Vaccination in Bombay 1889-1901 - 1889-1901
Year: 1889
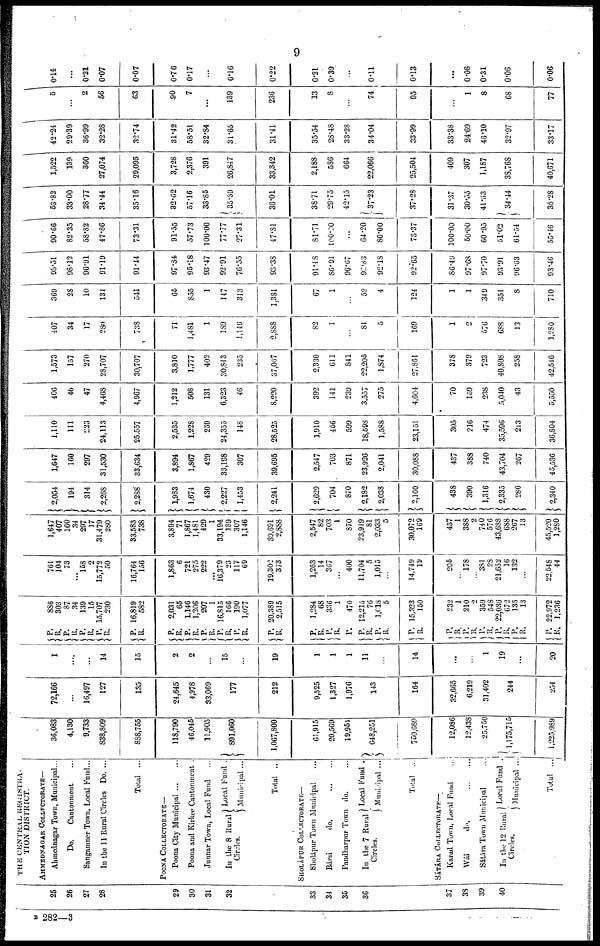
9
25
26
27
28
29
30
31
32
33
34
35
36
37
38
39
40
THE CENTRAL REGISTRA ¬
TION DISTRICT.
AHMEDNAGAR COLLECTORATE—
Ahmednagar Town, Municipal...
Do.
Cantonment ...
Sangamner Town, Local Fund...
In the 11 Rural Circles Do. ...
Total ...
POONA COLLECTORATE—
Poona City Municipal
...
...
Poona and Kirkee Cantonment .
Junnar Town, Local Fund ...
In the 8 Rural
Circles.
Local Fund .
Municipal ...
Total ...
SHOLÁPUR COLLECTORATE—
Sholápur Town Municipal ...
Bársi
do. ... ...
Pandharpur Town do.
In the 7 Rural
Circles.
Local Fund .
Municipal ...
Total ...
SÁTÁRA COLLECTORATE—
Karad Town, Local Fund ...
Wái
do.
...
...
Sátára Town Municipal ...
In the 12 Rural
Circles.
Local Fund .
Municipal ...
Total ...
36,083
4,130
9,733
838,809
888,755
118,790
46,045
11,905
891,060
1,067,800
61,915
20,569
19,954
648,251
750,689
12,086
12,438
25,750
1,175,715
1,225,989
72,166
...
16,497
127
135
24,645
4,978
33,069
177
212
9,525
1,327
1,976
143
164
32,665
6,219
31,402
244
254
1
....
...
14
15
2
2
...
15
19
1
1
1
11
14
...
1
19
...
20
P.
R.
P.
R.
P.
R. P.
R.
P.
R.
P.
R.
P.
R. P.
R.
P.
R.
P.
R.
P.
R.
P.
R.
P.
R.
P.
P.
R.
P.
R.
P.
R.
P.
R.
P.
R.
P. R.
P.
R.
P.
R.
P.
R.
886
303
87
34
139
15
15,707
230
16,819
582
2,031
65
1,146
1,206
207
1
16,815
166
190
1,077
20,389
2,515
1,284
68
336
1
470
12,215
76
1,018
5
15,323
150
232
1
210
2
359
548
22,036
672
135
13
22,972
1,236
761
104
73
... 158
2
15,772
50
16,764
156
1,863
6
721
275
222
...
16,379
23
117
69
19,302
373
1,263
14
367
...
400
11,704
5
1,015
...
14,749
19
205
...
178
...
381
28
21,652
16
132
...
22,548
44
1,647
407
160
34
297
17
31,479
280
33,583
738
3,894
71
1,867
1,481
429
1
33,194
189
307
1,146
39,691
2,888
2,547
82
703
1
870
23,919
81
2,033
5
30,072
169
437
1
388
2
740
576
43,688
688
267
13
45,520
1,280
2,054
194
314
2,268
2,288
1,983
1,674
430
2,227
1,453
2,241
2,629
704
870
2,182
2,038
2,160
438
390
1,316
2,335
280
2,340
1,647
169
297
31,530
33,634
3,894
1,867
429
33,198
307
39,695
2,547
703
871
23,926
2,041
30,088
437
388
740
43,704
267
45,536
1,110
111
223
24,113
25,557
2,535
1,228
259
24,355
148
28,525
1,910
456
599
18,598
1,588
23,151
305
216
474
35,596
213
36,804
406
46
47
4,468
4,967
1,212
508
131
6,323
46
8,220
392
141
239
3,557
275
4,604
70
159
238
5,040
43
5,550
1,573
157
270
28,707
30,707
3,810
1,777
402
30,843
235
37,067
2,330
611
841
22,205
1,874
27,861
378
379
723
40,808
258
42,546
407
34
17
280
738
71
1,481
1
189
1,146
2,888
82
1
...
81
5
169
1
2
576
688
13
1,280
369
28
10
131
541
66
855
1
147
313
1,381
67
1
...
52
4
124
1
1
349
351
8
710
95.51
98.12
90.91
91.19
91.44
97.84
95.18
93.47
92.91
76.55
93.38
91.48
86.91
96.67
92.83
92.18
92.65
86.49
97.68
97.70
93.91
96.03
93.46
90.66
82.35
58.82
47.86
73.31
91.55
57.73
100.00
77.77
27.31
47.81
81.71
100.00
...
64.20
80.00
73.37
100.00
50.00
60.95
51.02
61.54
55.46
53.82
33.00
28.77
34.44
35.16
32.02
57.16
33.86
35.39
36.01
38.71
29.75
42.15
37.23
37.28
31.37
30.55
41.53
34.44
35.28
1,522
139
360
27,074
29,095
3,728
2,376
391
26,847
33,342
2,188
586
664
22,066
25,504
409
307
1,187
38,768
40,671
42.24
29.39
36.99
32.28
32.74
31.42
58.51
32.84
31.65
31.41
35.54
28.48
33.28
34.04
33.99
33.38
24.69
46.10
32.97
33.17
5
...
2
56
63
90
7
...
139
236
13
8
...
74
95
...
1
8
68
77
0.14
...
0.21
0.07
0.07
0.76
0.17
...
0.16
0.22
0.21
0.39
...
0.11
0.13
...
0.08
0.31
0.06
0.06
B 282—3